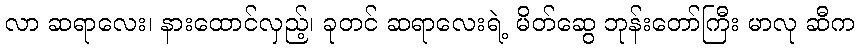
လာ ဆရာလေး၊ နားထောင်လှည့်၊ ခုတင် ဆရာလေးရဲ့ မိတ်ဆွေ ဘုန်းတော်ကြီး မာလု ဆီက